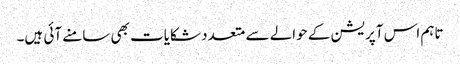
تاہم اس آپریشن کے حوالے سے متعدد شکایات بھی سامنے آئی ہیں۔